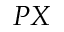
P X